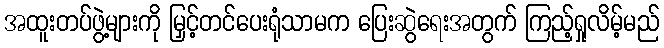
အထူးတပ်ဖွဲ့များကို မြှင့်တင်ပေးရုံသာမက ပြေးဆွဲရေးအတွက် ကြည့်ရှုလိမ့်မည်